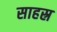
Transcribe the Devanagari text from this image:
साहस्र